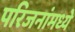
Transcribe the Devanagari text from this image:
परिजनांमध्ये